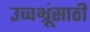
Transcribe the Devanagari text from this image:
उच्चभ्रूंसाठी